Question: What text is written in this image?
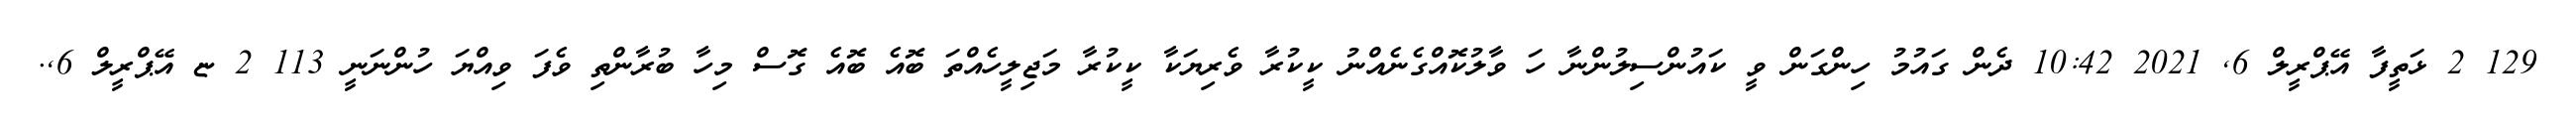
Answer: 129 2 ޅަތީފާ އޭޕްރީލް 6, 2021 10:42 ދެން ގައުމު ހިންގަން ވީ ކައުންސިލުންނާ ހަ ވާލުކޮއްގެނެއްނު ކީކުރާ ވެރިޔަކާ ކީކުރާ މަޖިލީހެއްތަ ބޮއެ ބޮއެ ގޮސް މިހާ ބުރާންތި ވެފަ ވިއްޔަ ހުންނަނީ 113 2 ޏ އޭޕްރީލް 6,.